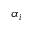
\alpha _ { i }